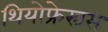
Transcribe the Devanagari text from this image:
थियोफ्रेस्त्रस